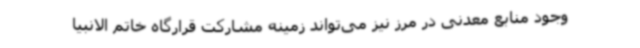
وجود منابع معدنی در مرز نیز می‌تواند زمینه مشارکت قرارگاه خاتم الانبیا